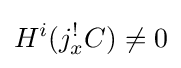
H^{i}(j_{x}^{!}C)\neq 0